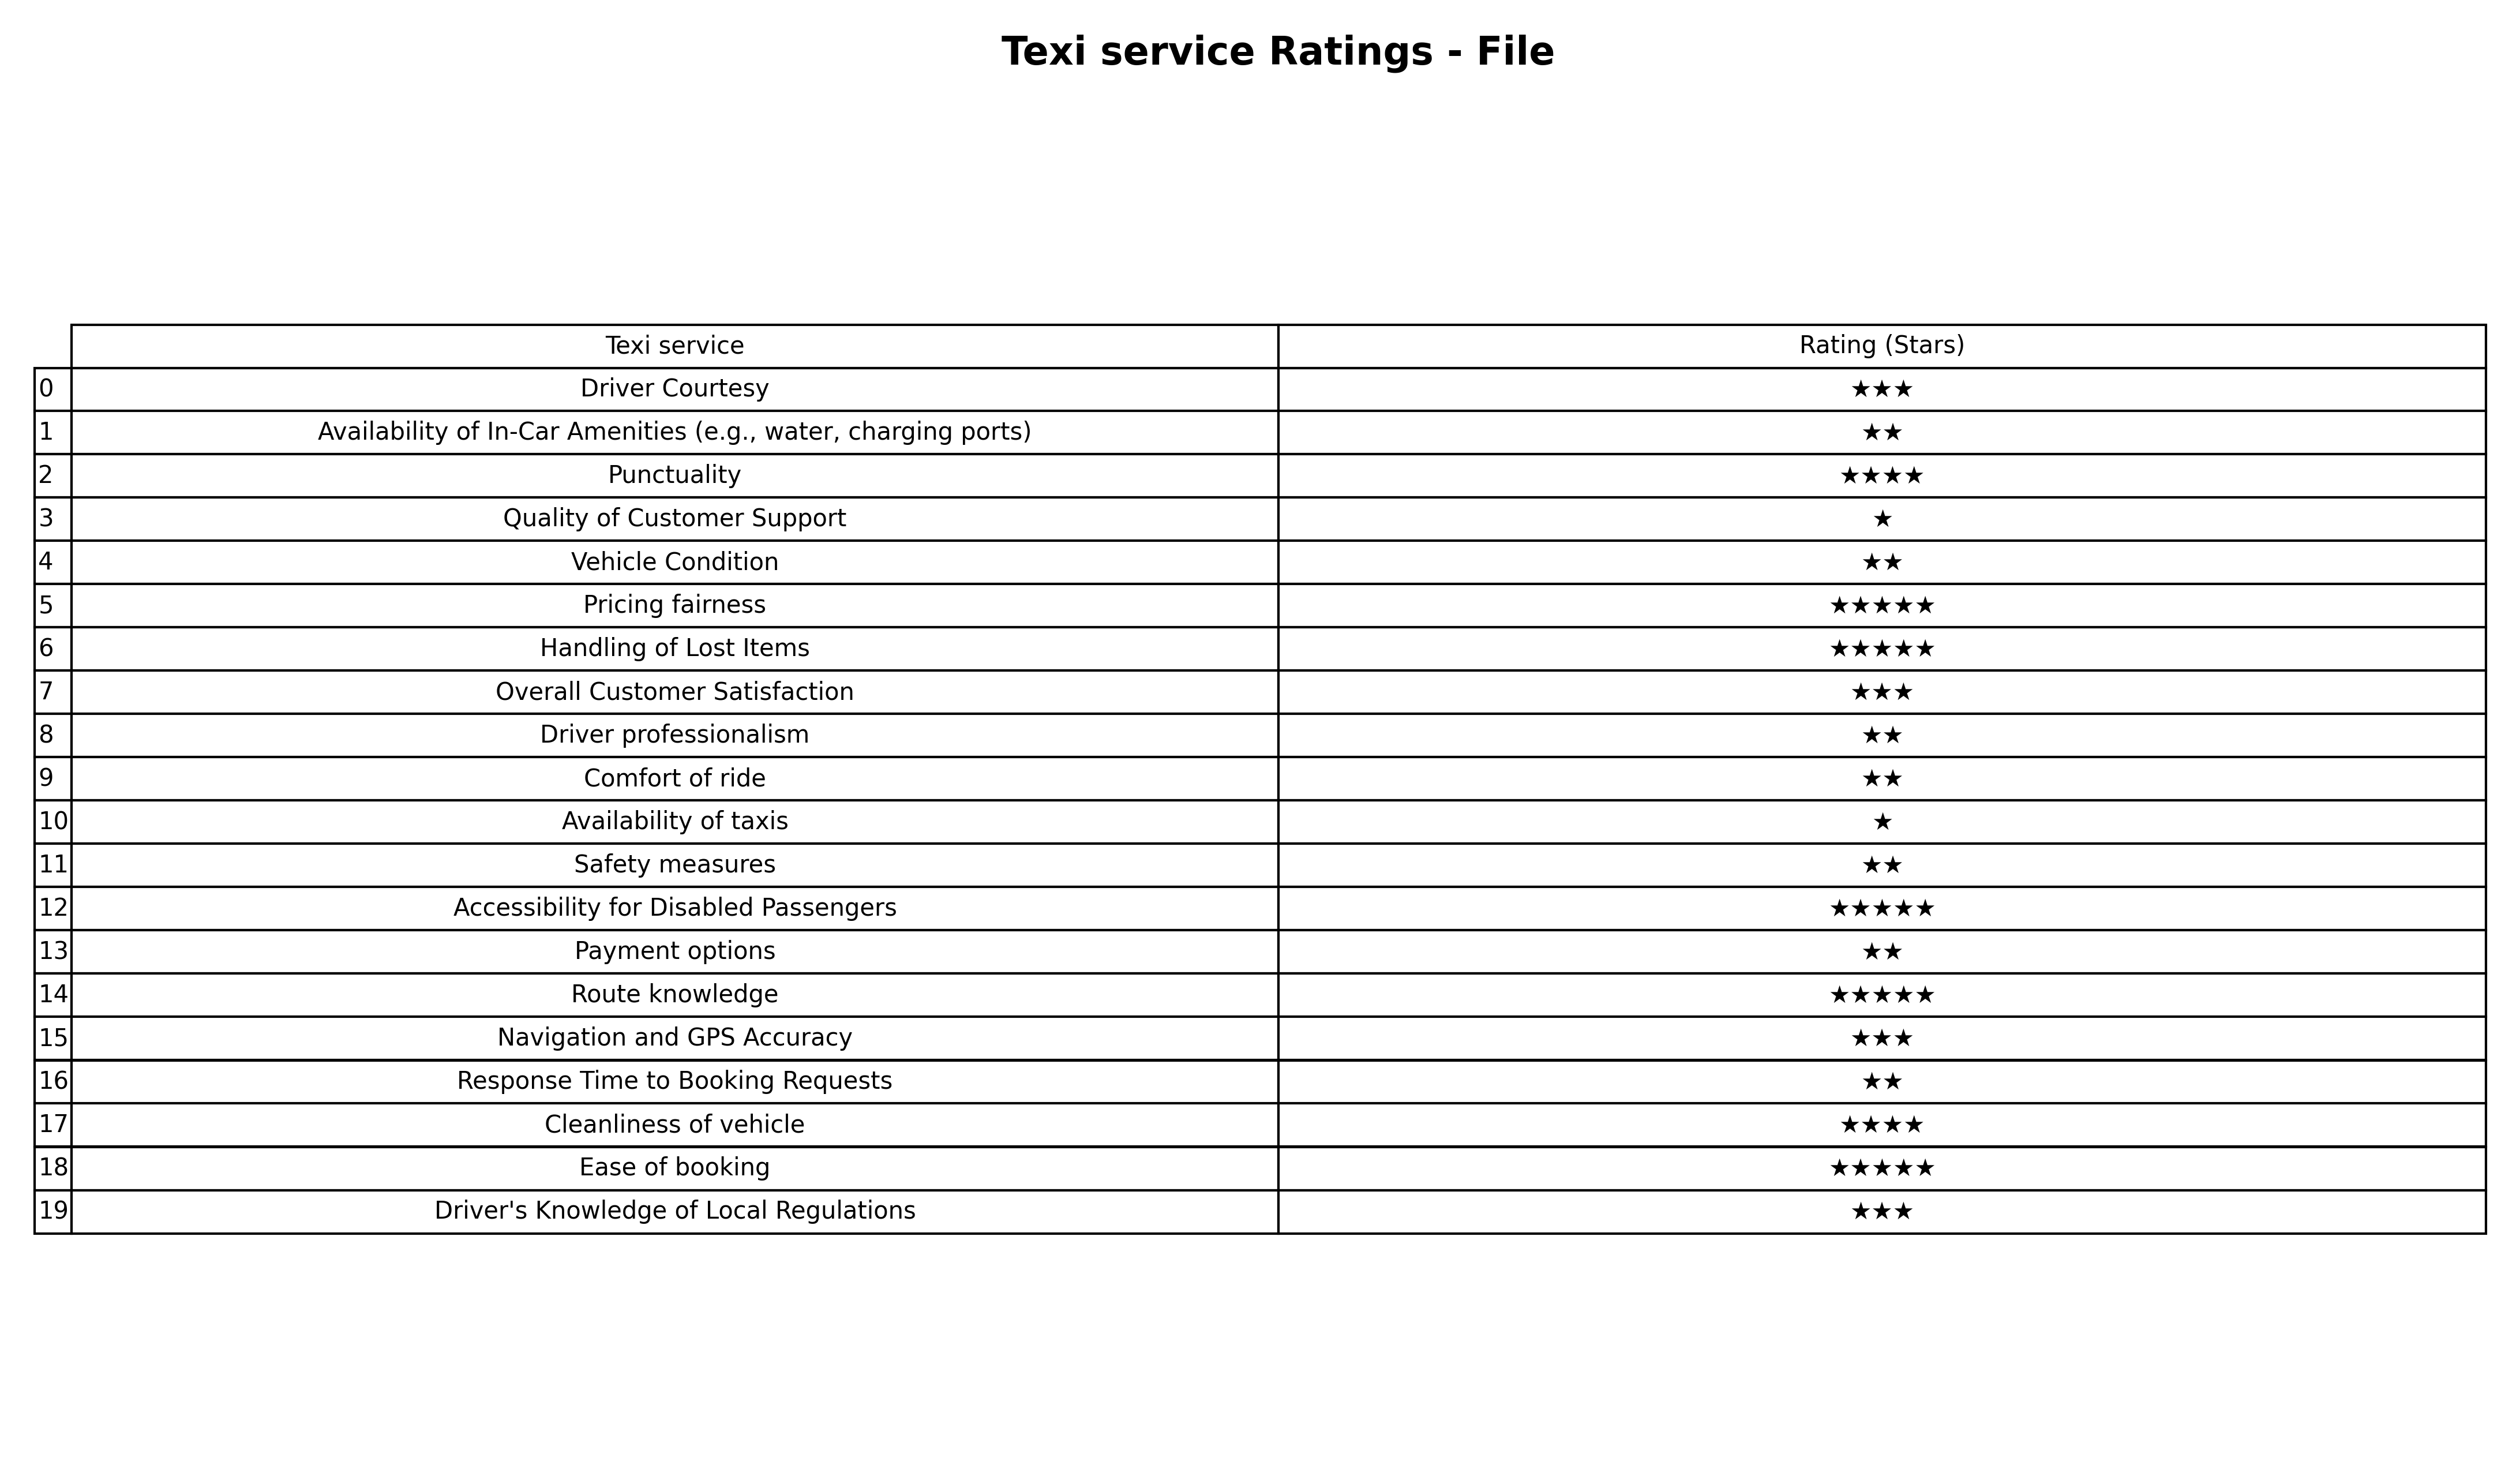
question: What is the rating of Payment options?
answer: ★★